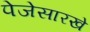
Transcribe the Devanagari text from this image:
पेजेसारखे